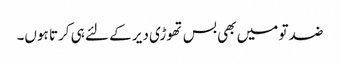
ضد تو میں بھی بس تھوڑی دیر کے لئے ہی کرتا ہوں۔